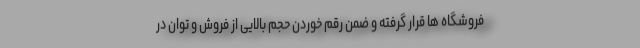
فروشگاه ها قرار گرفته و ضمن رقم خوردن حجم بالایی از فروش و توان در